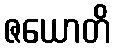
ဇယောတိ